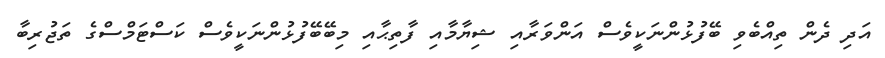
އަދި ދެން ތިއްބެވި ބޭފުޅުންނަކީވެސް އަންވަރާއި ޝިޔާމާއި ފާތިޙާއި މިބޭބޭފުޅުންނަކީވެސް ކަސްޓަމްސްގެ ތަޖުރިބާ